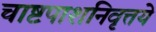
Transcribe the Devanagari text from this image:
चाष्टपाशनिवृत्तये